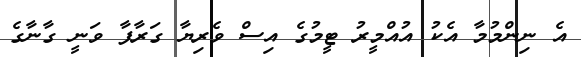
އެ ނިންމުމާ އެކު އުއްމީރު ޓީމުގެ އިސް ވެރިޔާ ގަރާފާ ވަނީ ގާނާގެ